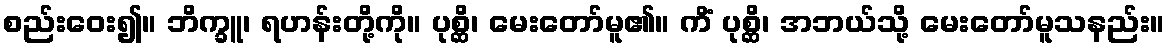
စည်းဝေး၍။ ဘိက္ခူ၊ ရဟန်းတို့ကို။ ပုစ္ဆိ၊ မေးတော်မူ၏။ ကိံ ပုစ္ဆိ၊ အဘယ်သို့ မေးတော်မူသနည်း။